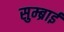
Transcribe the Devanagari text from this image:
सुम्ब्राई